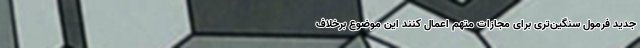
جدید فرمول سنگین‌تری برای مجازات متهم اعمال کنند این موضوع برخلاف